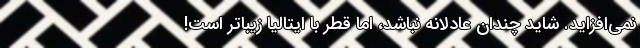
نمی‌افزاید. شاید چندان عادلانه نباشد، اما قطر با ایتالیا زیباتر است!